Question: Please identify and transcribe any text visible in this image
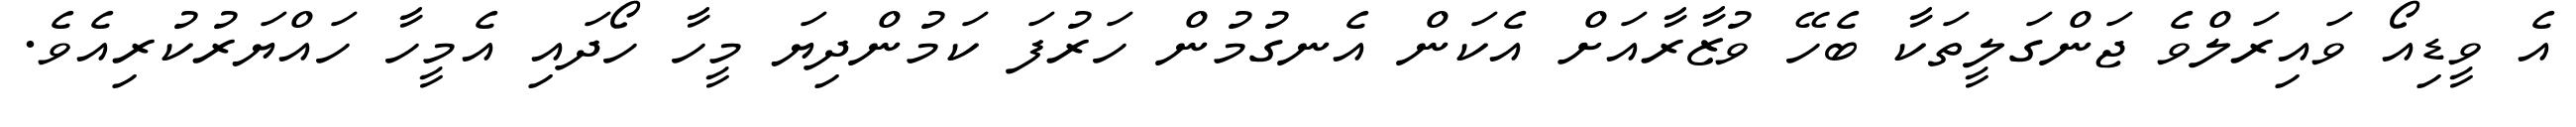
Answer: އެ ވީޑިއޯ ވައިރަލްވެ ޖަންގަލީތަކާ ބެހޭ ވުޒާރާއަށް އެކަން އެނގުމުން ހަރުފަ ކަމުންދިޔަ މީހާ ހޯދައި އެމީހާ ހައްޔަރުކުރިއެވެ.